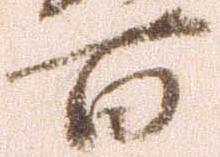
百